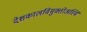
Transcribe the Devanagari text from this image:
देशकालविमुक्तोअस्मि